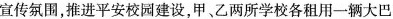
宣传氛围，推进平安校园建设，甲、乙两所学校各租用一辆大巴